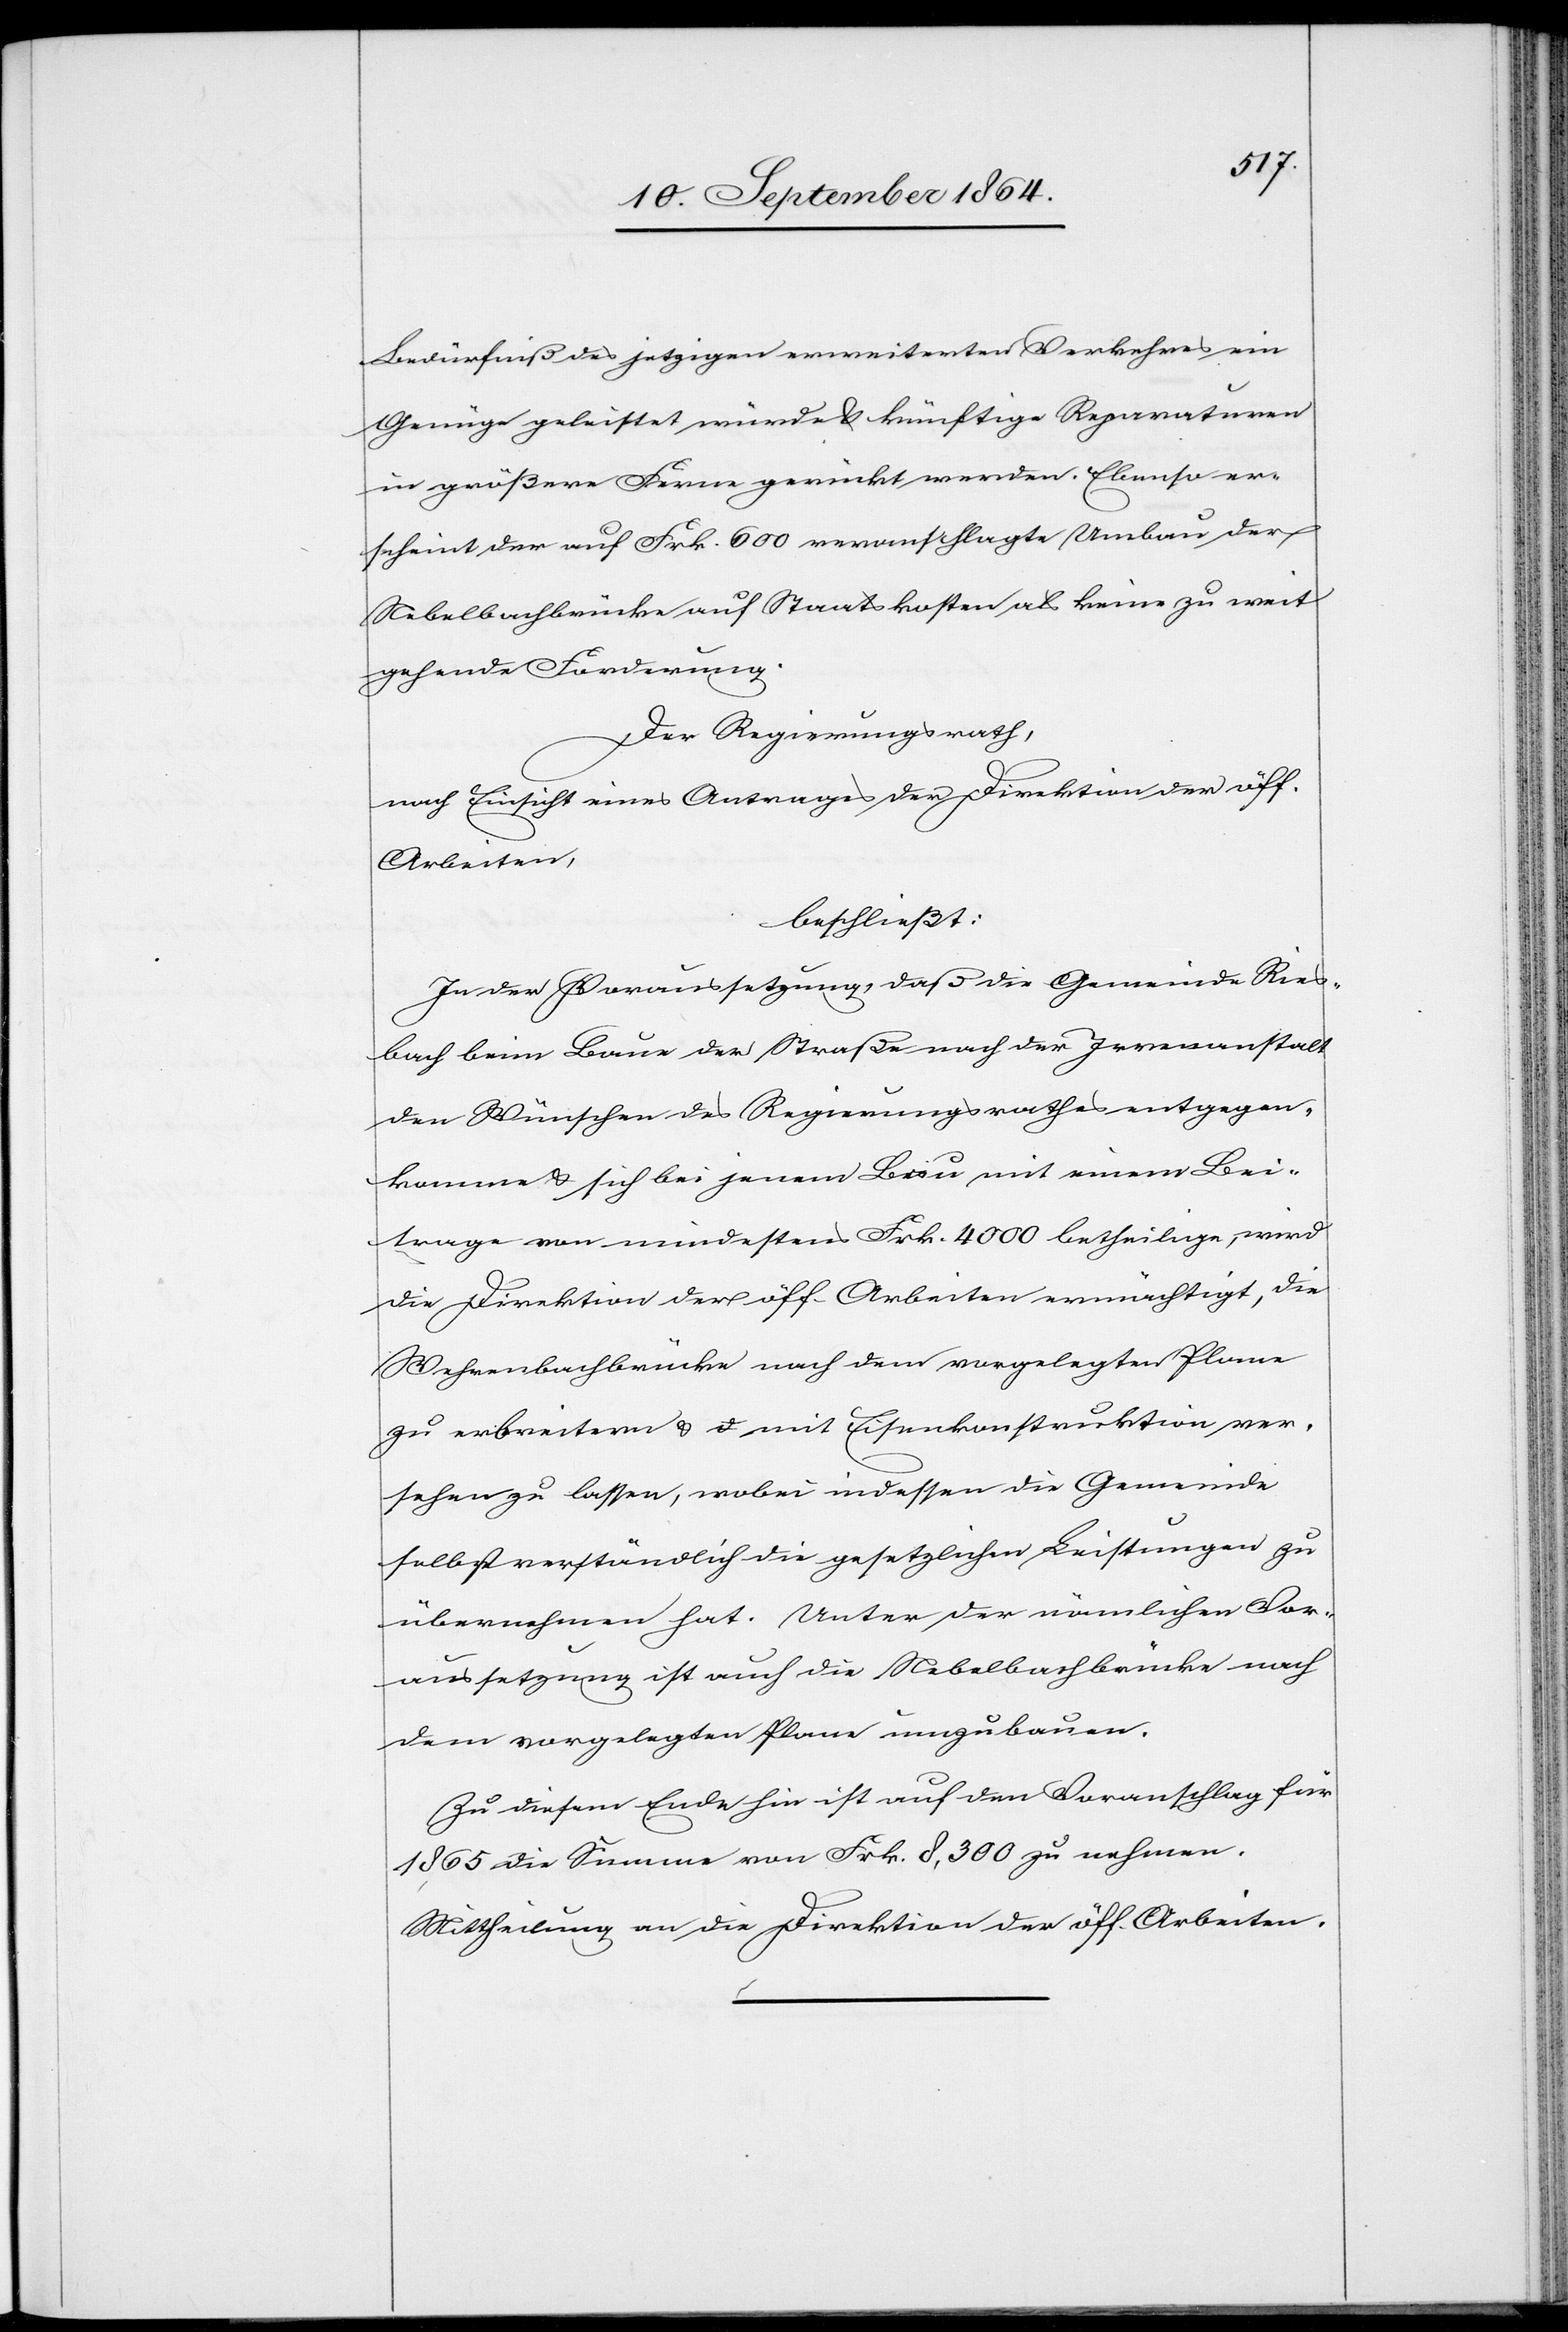
Bedürfniß des jetzigen erweiterten Verkehres ein
Genüge geleistet würde & künftige Reparaturen
in größere Ferne gerückt werden. Ebenso er¬
scheint der auf Frk. 600 veranschlagte Umbau der
Nebelbachbrücke auf Staatskosten als keine zu weit¬
gehende Forderung.
Der Regierungsrath,
nach Einsicht eines Antrages der Direktion der öff.
Arbeiten,
beschließt:
In der Voraussetzung, daß die Gemeinde Ries¬
bach beim Baue der Straße nach der Irrenanstalt
den Wünschen des Regierungsrathes entgegen¬
komme & sich bei jenem Bau mit einem Bei¬
trage von mindestens Frk. 4 000 betheilige, wird
die Direktion der öff. Arbeiten ermächtigt, die
Wehrenbachbrücke nach dem vorgelegten Plane
zu erbreitern & mit Eisenkonstruktion ver¬
sehen zu lassen, wobei indessen die Gemeinde
selbstverständlich die gesetzlichen Leistungen zu
übernehmen hat. Unter der nämlichen Vor¬
aussetzung ist auch die Nebelbachbrücke nach
dem vorgelegten Plane umzubauen.
Zu diesem Ende hin ist auf den Voranschlag für
1865 die Summe von Frk. 8,300 zu nehmen.
Mittheilung an die Direktion der öff. Arbeiten.